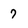
Character: 7